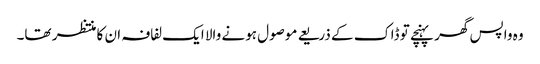
وہ واپس گھر پہنچے تو ڈاک کے ذریعے موصول ہونے والا ایک لفافہ ان کا منتظر تھا۔